Leaving Certificate Examination, 1913
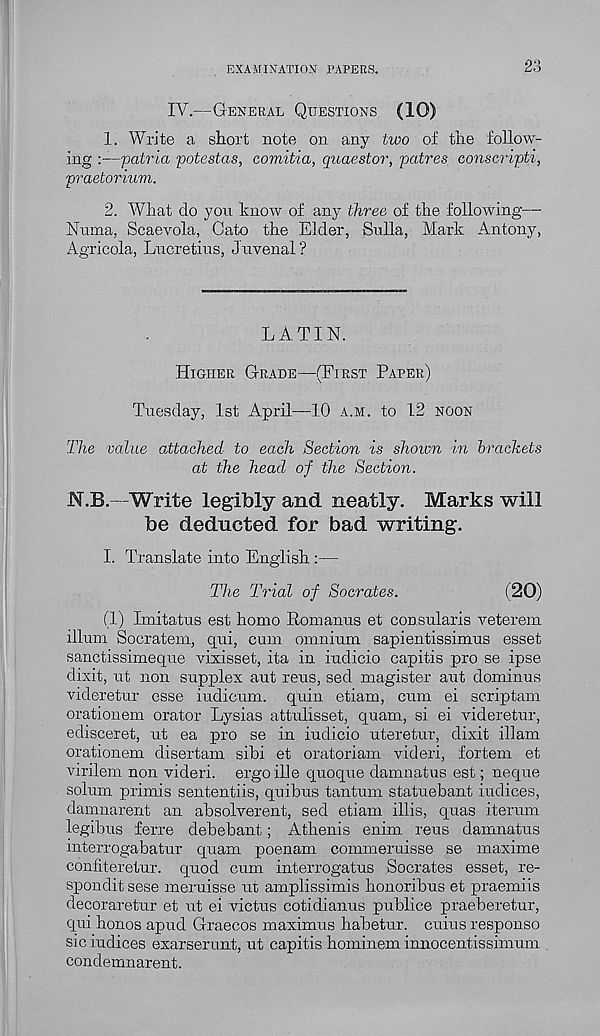
EXAMINATION PAPERS.
23
IV.—GENERAL QUESTIONS (10)
1. Write a short note on any two of the follow-
ing :—patria potestas, comitia, quaestor, patres conscripti,
praetorium.
2. What do you know of any three of the following—
Numa, Scaevola, Cato the Elder, Sulla, Mark Antony,
Agricola, Lucretius, Juvenal?
LATIN.
HIGHER GRADE—(FIRST PAPER)
Tuesday, 1st April—10 A.M. to 12 NOON
The value attached to each Section is shoivn in brackets
at the head of the Section.
N.B.- Write legibly and neatly. Marks will
be deducted for bad writing.
I. Translate into English :—
The Trial of Socrates.
(20)
(1) Imitatus est homo Rom anus et consularis veterem
ilium Socratem, qui, cum omnium sapientissimus esset
sanctissimeque vixisset, ita in iudicio capitis pro se ipse
dixit, ut non supplex aut reus, sed magister aut dominus
videretur esse iudicum. quin etiam, cum ei scriptam
orationem orator Lysias attulisset, quam, si ei videretur,
edisceret, ut ea pro se in iudicio uteretur, dixit illam
orationem disertam sibi et oratoriam videri, fortem et
virilem non videri. ergo ille quoque damnatus est; neque
solum primis sententiis, quibus tantum statuebant indices,
damnarent an absolverent, sed etiam illis, quas iterum
legibus ferre debebant; Athenis enim reus damnatus
interrogabatur quam poenam commeruisse se maxime
confiteretur. quod cum interrogatus Socrates esset, re-
sponds sese meruisse ut amplissimis honoribus et praemiis
decoraretur et ut ei victus cotidianus publice praeberetur,
qui honos apud Graecos maximus habetur. cuius response
sic indices exarserunt, ut capitis hominem innocentissimum
condemnarent.